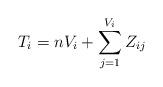
LaTeX: \begin{align*}T_i=n V_i+\sum_{j=1}^{V_i} Z_{ij}\end{align*}